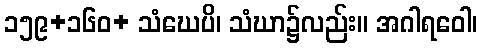
၁၅၉+၁၆၀+ သံဃေပိ၊ သံဃာ၌လည်း။ အဂါရဝေါ၊